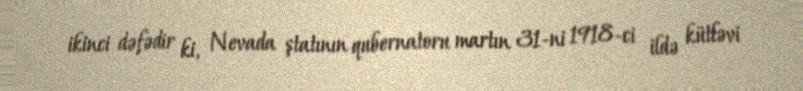
ikinci dəfədir ki, Nevada ştatının qubernatoru martın 31-ni 1918-ci ildə kütləvi